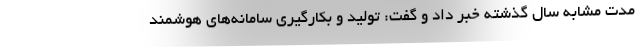
مدت مشابه سال گذشته خبر داد و گفت: تولید و بکارگیری سامانه‌های هوشمند